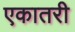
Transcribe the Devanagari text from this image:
एकातरी